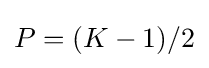
{\textstyle P=(K-1)/2}